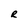
Character: R